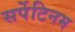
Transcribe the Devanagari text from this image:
सर्पेटिनम